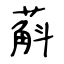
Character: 蔛